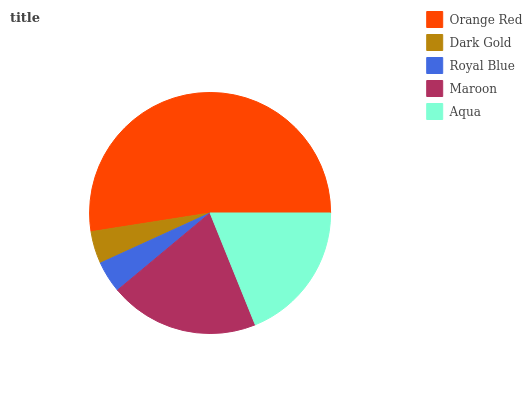
| Orange Red | Dark Gold | Royal Blue | Maroon | Aqua |
 | --- | --- | --- | --- | --- |
 | 52.5% | 4.34% | 4.24% | 20% | 18.9% |